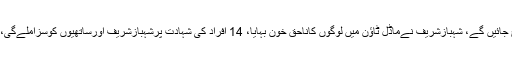
چودھری پرویزالٰہی نے کہا کہ شہبازشریف چھوٹوگینگ سمجھتے ہیں یہ بچ جائیں گے، شہبازشریف نےماڈل ٹاؤن میں لوگوں کاناحق خون بہایا، 14 افراد کی شہادت پرشہبازشریف اورساتھیوں کوسزاملےگی، ماڈل ٹاؤن کے ملزمان کو سزا ملے گی، جو تاریخ میں یاد رکھی جائے گی۔